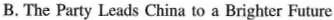
B. The Party Leads China to a Brighter Future